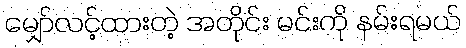
မျှော်လင့်ထားတဲ့ အတိုင်း မင်းကို နမ်းရမယ်